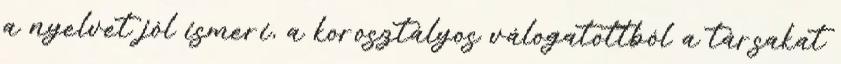
a nyelvet jól ismeri, a korosztályos válogatottból a társakat